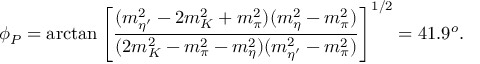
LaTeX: \phi _ { P } = \arctan \left[ \frac { ( m _ { \eta ^ { \prime } } ^ { 2 } - 2 m _ { K } ^ { 2 } + m _ { \pi } ^ { 2 } ) ( m _ { \eta } ^ { 2 } - m _ { \pi } ^ { 2 } ) } { ( 2 m _ { K } ^ { 2 } - m _ { \pi } ^ { 2 } - m _ { \eta } ^ { 2 } ) ( m _ { \eta ^ { \prime } } ^ { 2 } - m _ { \pi } ^ { 2 } ) } \right] ^ { 1 / 2 } = 4 1 . 9 ^ { o } .